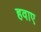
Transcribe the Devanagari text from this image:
हवाए